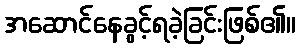
အဆောင်နေခွင့်ရခဲ့ခြင်းဖြစ်၏။